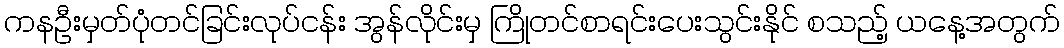
ကနဦးမှတ်ပုံတင်ခြင်းလုပ်ငန်း အွန်လိုင်းမှ ကြိုတင်စာရင်းပေးသွင်းနိုင် စသည့် ယနေ့အတွက်